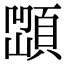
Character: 𩓆